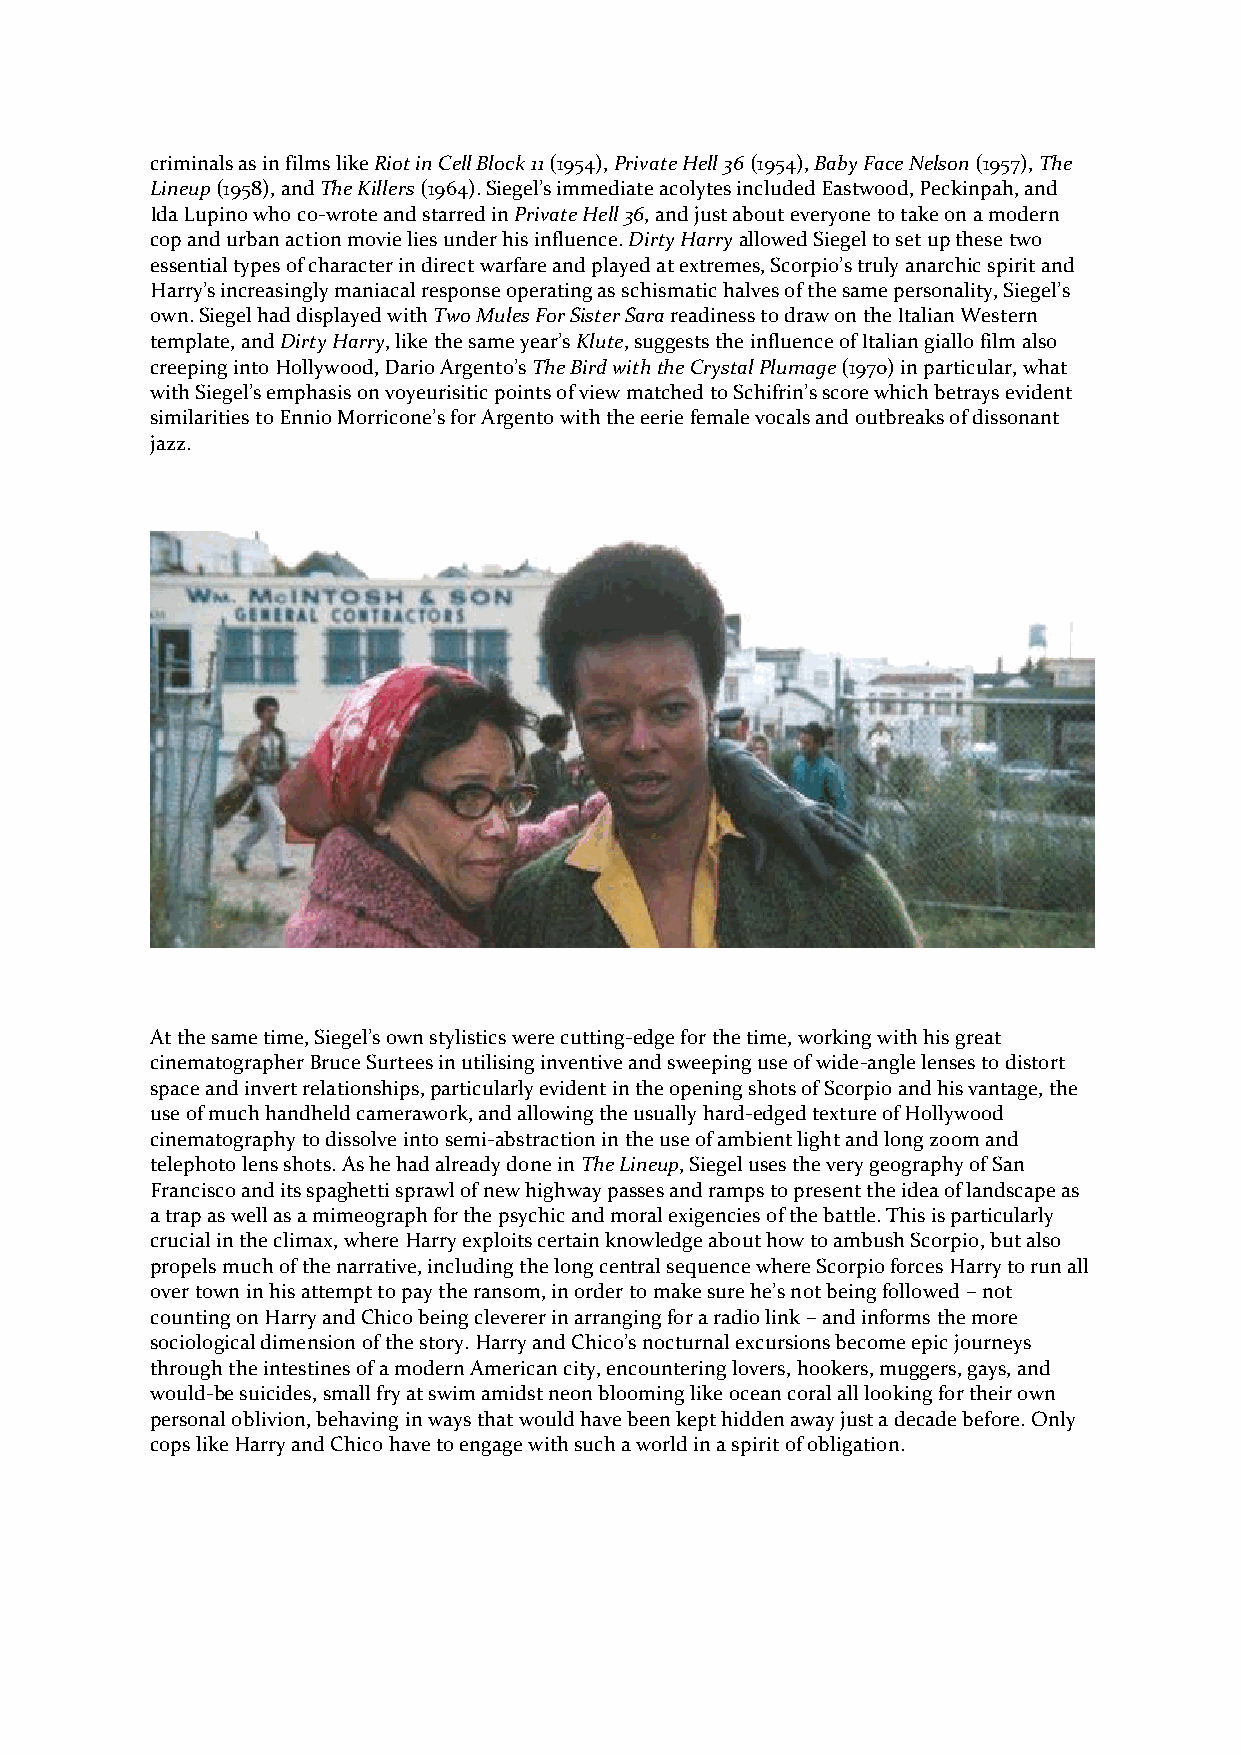
criminals as in films like Riot in Cell Block 11 (1954), Private Hell 36 (1954), Baby Face Nelson (1957), The
 Lineup (1958), and The Killers (1964). Siegel’s immediate acolytes included Eastwood, Peckinpah, and
 Ida Lupino who co-wrote and starred in Private Hell 36, and just about everyone to take on a modern
 cop and urban action movie lies under his influence. Dirty Harry allowed Siegel to set up these two
 essential types of character in direct warfare and played at extremes, Scorpio’s truly anarchic spirit and
 Harry’s increasingly maniacal response operating as schismatic halves of the same personality, Siegel’s
 own. Siegel had displayed with Two Mules For Sister Sara readiness to draw on the Italian Western
 template, and Dirty Harry, like the same year’s Klute, suggests the influence of Italian giallo film also
 creeping into Hollywood, Dario Argento’s The Bird with the Crystal Plumage (1970) in particular, what
 with Siegel’s emphasis on voyeurisitic points of view matched to Schifrin’s score which betrays evident
 similarities to Ennio Morricone’s for Argento with the eerie female vocals and outbreaks of dissonant
 jazz.
 At the same time, Siegel’s own stylistics were cutting-edge for the time, working with his great
 cinematographer Bruce Surtees in utilising inventive and sweeping use of wide-angle lenses to distort
 space and invert relationships, particularly evident in the opening shots of Scorpio and his vantage, the
 use of much handheld camerawork, and allowing the usually hard-edged texture of Hollywood
 cinematography to dissolve into semi-abstraction in the use of ambient light and long zoom and
 telephoto lens shots. As he had already done in The Lineup, Siegel uses the very geography of San
 Francisco and its spaghetti sprawl of new highway passes and ramps to present the idea of landscape as
 a trap as well as a mimeograph for the psychic and moral exigencies of the battle. This is particularly
 crucial in the climax, where Harry exploits certain knowledge about how to ambush Scorpio, but also
 propels much of the narrative, including the long central sequence where Scorpio forces Harry to run all
 over town in his attempt to pay the ransom, in order to make sure he’s not being followed – not
 counting on Harry and Chico being cleverer in arranging for a radio link – and informs the more
 sociological dimension of the story. Harry and Chico’s nocturnal excursions become epic journeys
 through the intestines of a modern American city, encountering lovers, hookers, muggers, gays, and
 would-be suicides, small fry at swim amidst neon blooming like ocean coral all looking for their own
 personal oblivion, behaving in ways that would have been kept hidden away just a decade before. Only
 cops like Harry and Chico have to engage with such a world in a spirit of obligation.